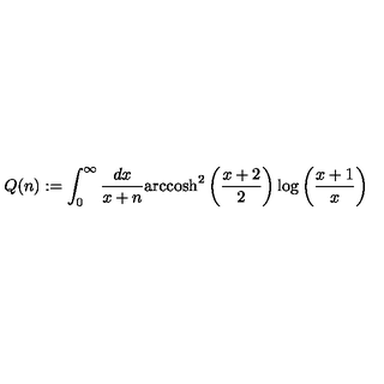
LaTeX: Q ( n ) : = \int _ { 0 } ^ { \infty } \frac { d x } { x + n } \mathrm { a r c c o s h } ^ { 2 } \left( \frac { x + 2 } { 2 } \right) \log \left( \frac { x + 1 } { x } \right)